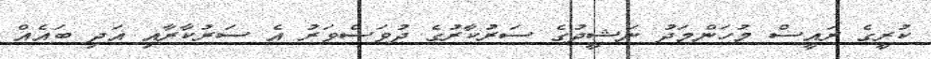
ކުރީގެ ރައީސް މުހަންމަދު ނަޝީދުގެ ސަރުކާރުގެ ދުވަސްވަރު އެ ސަރުކާރާއި އަދި ބައެއް